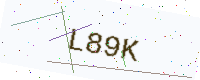
Text: L89K